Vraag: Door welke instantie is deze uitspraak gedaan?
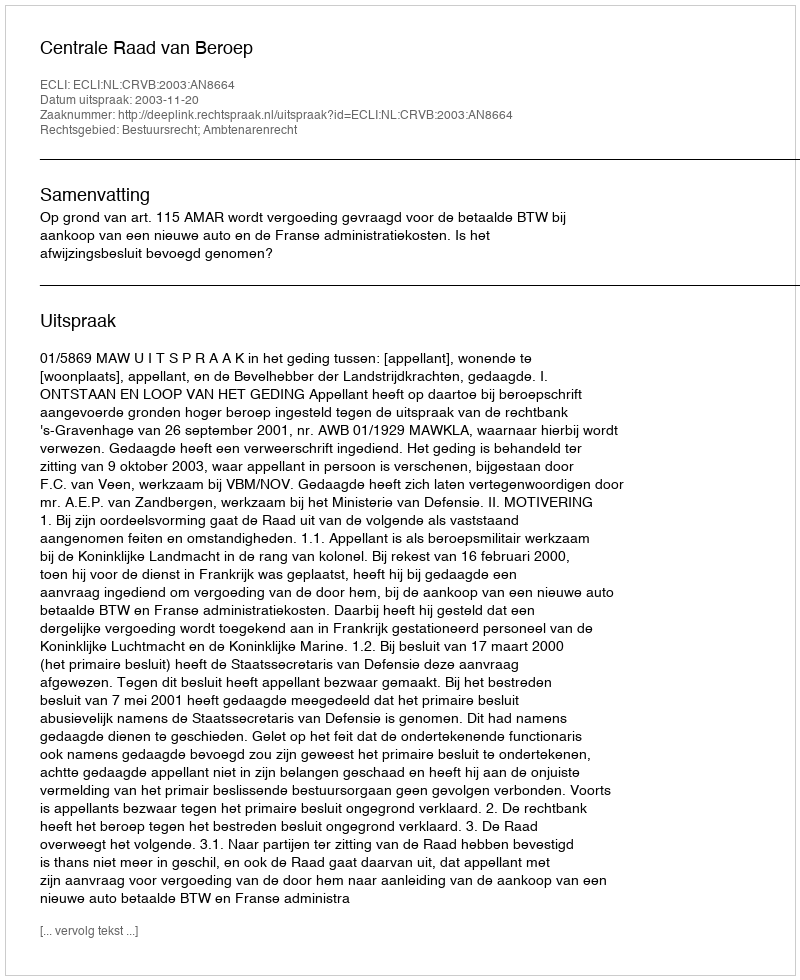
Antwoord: Centrale Raad van Beroep